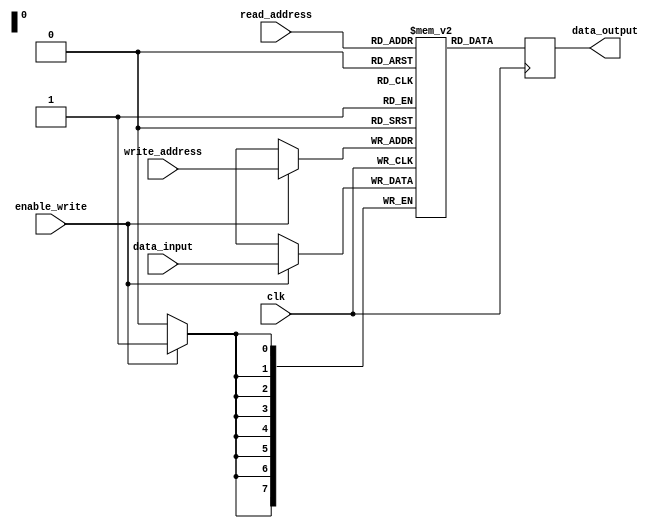
module flash_memory_block (
    input wire clk,
    input wire enable_write,
    input wire [7:0] data_input,
    input wire [7:0] write_address,
    input wire [7:0] read_address,
    output reg [7:0] data_output
);

reg [7:0] memory [0:255];

always @(posedge clk) begin
    if (enable_write) begin
        memory[write_address] <= data_input;
    end

    data_output <= memory[read_address];
end

endmodule